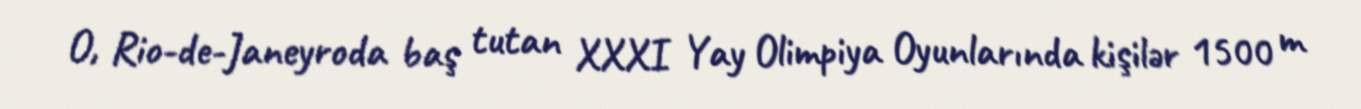
O, Rio-de-Janeyroda baş tutan XXXI Yay Olimpiya Oyunlarında kişilər 1500 m